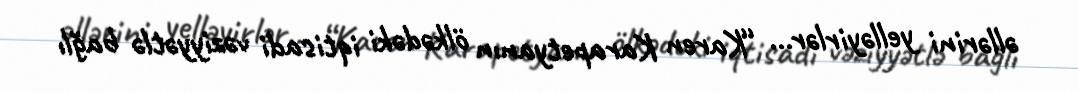
əllərini yelləyirlər... “Karen Karapetyanın ölkədəki iqtisadi vəziyyətlə bağlı